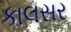
કાલસર